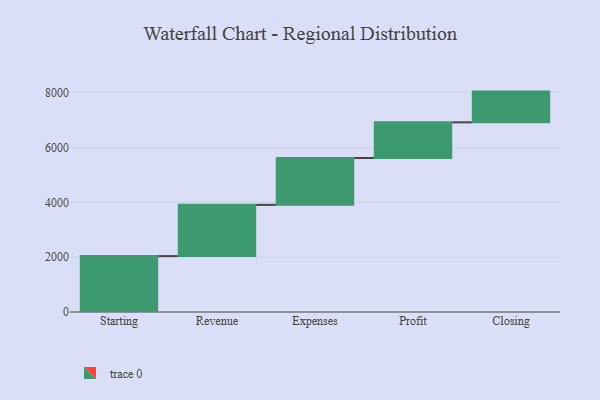
{"axis": {"x": "Step", "y": "Value"}, "legend": [""], "data": [{"x": "Starting", "y": 2039.0, "type": ""}, {"x": "Revenue", "y": 1869.0, "type": ""}, {"x": "Expenses", "y": 1709.0, "type": ""}, {"x": "Profit", "y": 1302.0, "type": ""}, {"x": "Closing", "y": 1121.0, "type": ""}]}